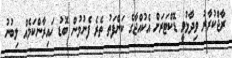
ރާޖްކުރާރު ވިދާޅުވީ ޑޮކްޓަރަށް އެކުއްޖާގެ ކަންފަތު ތެރެ ފެނުމުން ބޮޑު ހައިރާންކަމެއް ލިބުނު